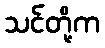
သင်တို့က